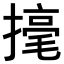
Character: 𢴅